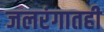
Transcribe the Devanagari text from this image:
जलरंगातही